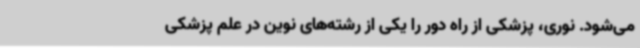
می‌شود. نوری، پزشکی از راه دور را یکی از رشته‌های نوین در علم پزشکی